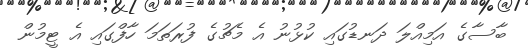
ބާސާގެ އަމިއްލަ ދަނޑުގައި ކުޅުނު އެ މެޗުގެ ފުރަތަމަ ހާފްގައި އެ ޓީމުން